King Institute of Preventive Medicine Micro-Biological Section reports 1909-11
Year: 1909
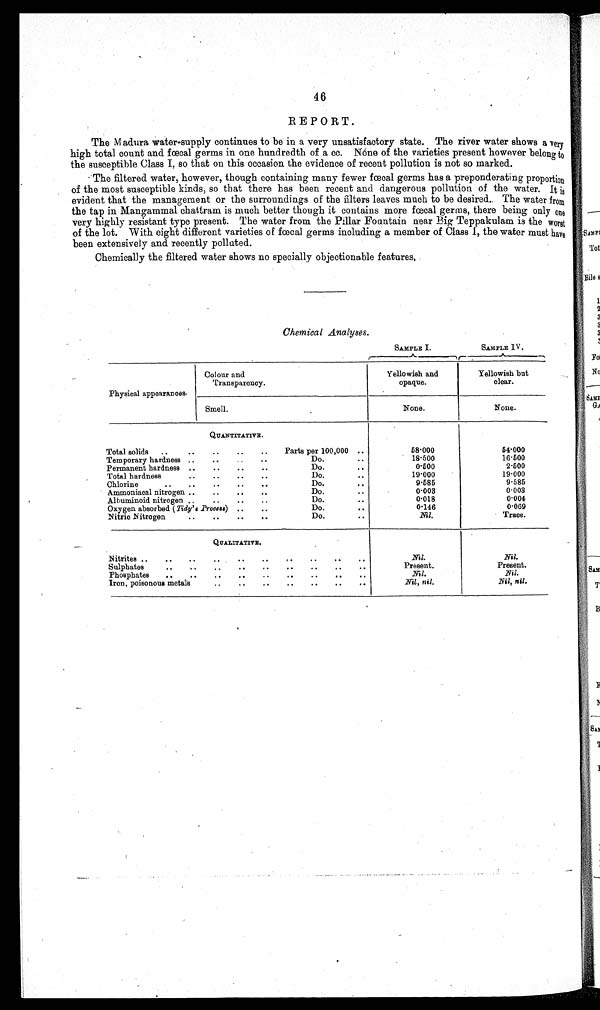
46
REPORT.
The Madura water-supply continues to be in a very unsatisfactory state. The river water shows a very
high total count and fœcal germs in one hundredth of a cc. NÓne of the varieties present however belong to
the susceptible Class I, so that on this occasion the evidence of recent pollution is not so marked.
The filtered water, however, though containing many fewer fœcal germs has a preponderating proportion
of the most susceptible kinds, so that there has been recent and dangerous pollution of the water. It is
evident that the management or the surroundings of the filters leaves much to be desired.. The water from
the tap in Mangammal chattram is much better though it contains more fœcal germs, there being only one
very highly resistant type present. The water from the Pillar Fountain near Big Teppakulam is the worst
of the lot. With eight different varieties of faecal germs including a member of Class I, the water must have
been extensively and recently polluted.
Chemically the filtered water shows no specially objectionable features,
Chemical Analyses.
SAMPLE I.
SAMPLE I V .
Physical appearances.
Colour and
Transparency.
Yellowish and
opaque.
Yellowish but
clear.
Smell.
None.
None.
QUANTITATIVE.
Total solids
Parts per 100,000
58·000
54·000
Temporary hardness
Do.
18·500
16·500
Permanent hardness
Do.
0·500
2·500
Total hardness
Do.
19·000
19·000
Chlorine
Do.
9·585
9·585
Ammoniacal nitrogen
Do
0·003
0·003
Albuminoid nitrogen
Do.
0·018
0·004
Oxygen absorbed ( Tidy's Process)
Do.
0·146
0·069
Nitric Nitrogen
Do.
Nil.
Trace.
QUALITATIVE.
Nitrites
Nil.
Nil.
Sulphates
Present.
Present.
Phosphates
Nil.
Nil.
Iron, poisonous metals
Nil, nil.
Nil, nil.